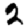
Digit: 2